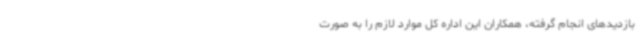
بازدیدهای انجام گرفته، همکاران این اداره کل موارد لازم را به صورت